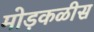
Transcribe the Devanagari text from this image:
मोड़कळीस